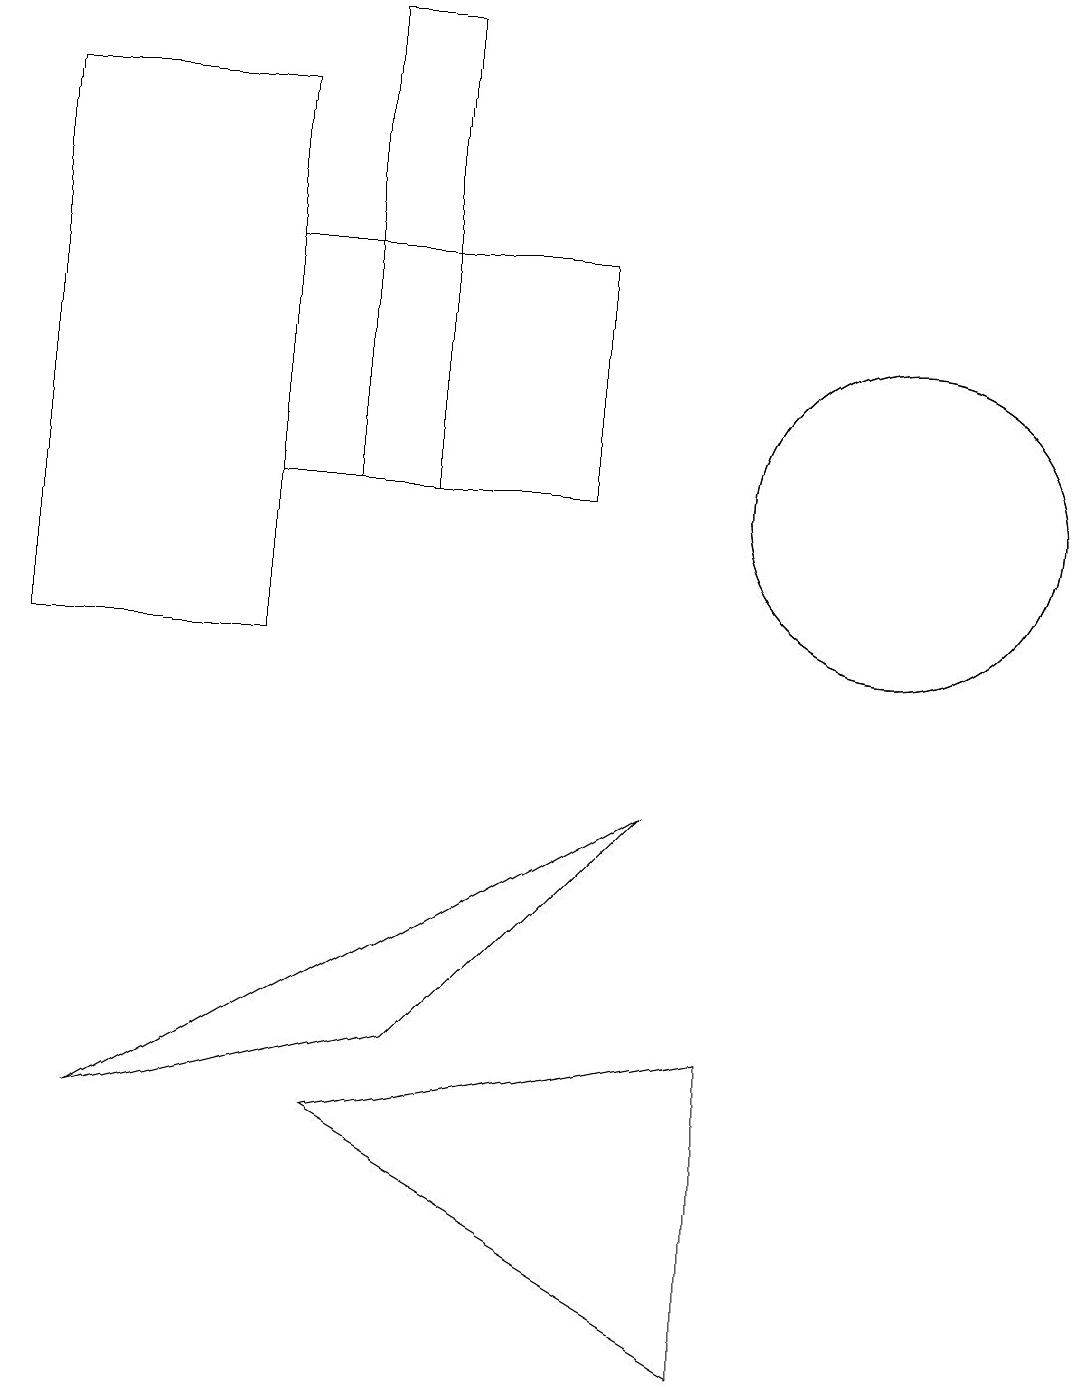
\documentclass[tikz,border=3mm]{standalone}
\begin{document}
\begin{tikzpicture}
\draw (3,17) rectangle (0,10);
\draw (7,12) rectangle (3,15);
\draw (11,12) circle (2);
\draw (4,12) rectangle (5,18);
\draw (8,8) -- (1,4) -- (5,5) -- cycle;
\draw (9,5) -- (4,4) -- (9,1) -- cycle;
\draw (11,12) circle (2);
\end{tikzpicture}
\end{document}